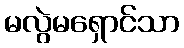
မလွဲမရှောင်သာ